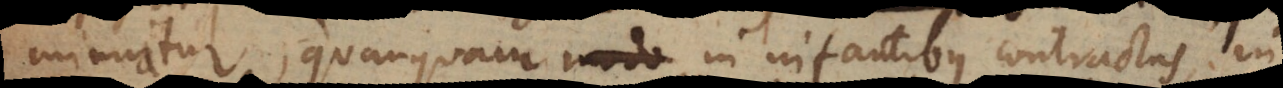
minuatur, quanquam in infantibus contractus, in